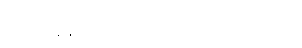
ပြည့်လွန်နှစ်တွေမှာ ပေါ်ထွက်လာခဲ့ပါတယ်။